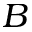
B